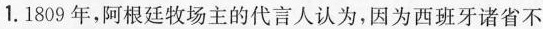
1.1809年，阿根廷牧场主的代言人认为，因为西班牙诸省不